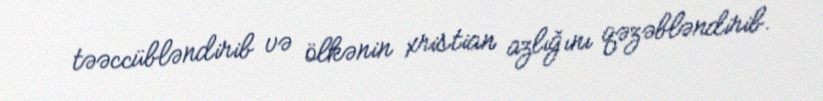
təəccübləndirib və ölkənin xristian azlığını qəzəbləndirib.